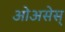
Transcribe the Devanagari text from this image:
ओअसेस्